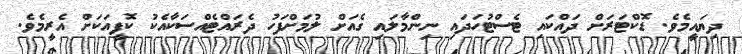
ދިޔައީމެވެ. ޑޮކްޓަރަށް ދައްކައި ޓެސްޓުހަދައި ނިންމާލައި ގެއަށް ލުމަށްފަހު ދެރައްޓެއްސަކާއެކު ކޮފީއަކަށް އެރީމެވެ.